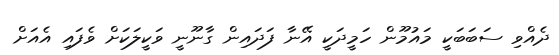
ދެއްވި ސަބަބަކީ މައުމޫން ހަމީދަކީ އޭނާ ފަދައިން ގާނޫނީ ވަކީލަކަށް ވެފައި އެއަށް